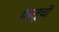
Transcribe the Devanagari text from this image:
धातूचीं